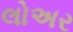
લોઅર